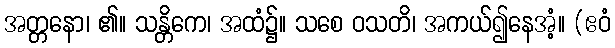
အတ္တနော၊ ၏။ သန္တိကေ၊ အထံ၌။ သစေ ဝသတိ၊ အကယ်၍နေအံ့။ (ဧဝံ